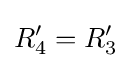
R_{4}'=R_{3}'